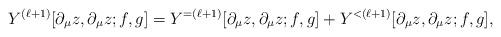
LaTeX: \begin{align*}Y^{(\ell+1)}[\partial_\mu z,\partial_\mu z; f,g] = Y^{=(\ell+1)}[\partial_\mu z,\partial_\mu z; f,g] + Y^{<(\ell+1)}[\partial_\mu z,\partial_\mu z; f,g],\end{align*}